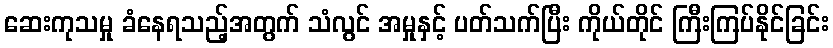
ဆေးကုသမှု ခံနေရသည့်အတွက် သံလွင် အမှုနှင့် ပတ်သက်ပြီး ကိုယ်တိုင် ကြီးကြပ်နိုင်ခြင်း